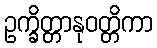
ဥက္ခိတ္တာနုဝတ္တိကာ